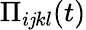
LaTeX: \Pi_{i\mathit{j}kl}(t)